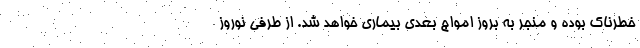
خطرناک بوده و منجر به بروز امواج بعدی بیماری خواهد شد. از طرفی نوروز